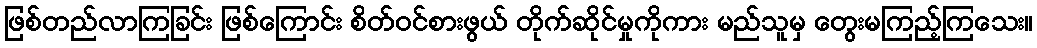
ဖြစ်တည်လာကြခြင်း ဖြစ်ကြောင်း စိတ်ဝင်စားဖွယ် တိုက်ဆိုင်မှုကိုကား မည်သူမှ တွေးမကြည့်ကြသေး။